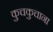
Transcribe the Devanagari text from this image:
कुचकुचाना